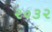
૨૦૩૨